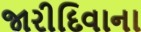
જારીદિવાના